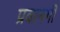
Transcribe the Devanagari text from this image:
प्रवानगी